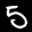
Label: 5